Investigations into the jail dietaries of the United Provinces with some observations on the influence of dietary on the physical development and well-being of the people of the United Provinces - Number 48
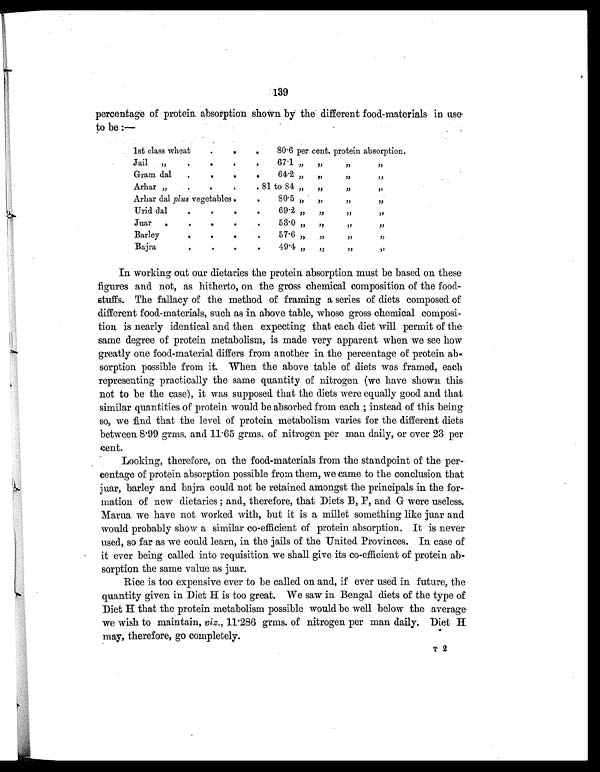
139
percentage of protein absorption shown by the different food-materials in use
to be:—
1st class wheat
. .
.
80.6 per cent. protein absorption.
Jail „
.
.
.
.
67.1 „
„
„
„
Gram dal
.
.
.
.
64.2 „
„
„
„
Arhar „
.
.
. . 81 to 84 „
„
„
„
Arhar dal plus vegetables .
.
80.5 „
„
„
„
Urid dal
.
.
.
.
69.2 „
„
„
„
Juar
.
.
.
.
.
53.0 „
„
„
„
Barley
. .
.
.
57.6 „
„
„
„
Bajra
.
.
.
.
49.4 „
„
„
„
In working out our dietaries the protein absorption must be based on these
figures and not, as hitherto, on the gross chemical composition of the food-
stuffs. The fallacy of the method of framing a series of diets composed of
different food-materials, such as in above table, whose gross chemical composi-
tion is nearly identical and then expecting that each diet will permit of the
same degree of protein metabolism, is made very apparent when we see how
greatly one food-material differs from another in the percentage of protein ab-
sorption possible from it. When the above table of diets was framed, each
representing practically the same quantity of nitrogen (we have shown this
not to be the case), it was supposed that the diets were equally good and that
similar quantities of protein would be absorbed from each ; instead of this being
so, we find that the level of protein metabolism varies for the different diets
between 8.99 grms. and 11.65 grms. of nitrogen per man daily, or over 23 per
cent.
Looking, therefore, on the food-materials from the standpoint of the per-
centage of protein absorption possible from them, we came to the conclusion that
juar, barley and bajra could not be retained amongst the principals in the for-
mation of new dietaries ; and, therefore, that Diets B, F, and G were useless.
Marua we have not worked with, but it is a millet something like juar and
would probably show a similar co-efficient of protein absorption. It is never
used, so far as we could learn, in the jails of the United Provinces. In case of
it ever being called into requisition we shall give its co-efficient of protein ab-
sorption the same value as juar.
Rice is too expensive ever to be called on and, if ever used in future, the
quantity given in Diet H is too great. We saw in Bengal diets of the type of
Diet H that the protein metabolism possible would be well below the average
we wish to maintain, viz., 11.286 grms. of nitrogen per man daily. Diet H
may, therefore, go completely.
T 2